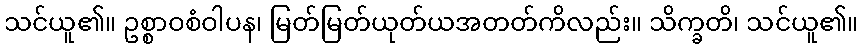
သင်ယူ၏။ ဥစ္စာဝစံဝါပန၊ မြတ်မြတ်ယုတ်ယအတတ်ကိလည်း။ သိက္ခတိ၊ သင်ယူ၏။